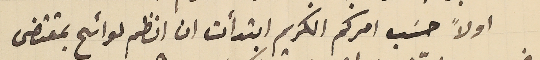
اولاً حسَب امركم الكريم ابتدأت ان انظم لوائح بمقتضى